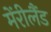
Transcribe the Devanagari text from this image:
मेंरीलैंड